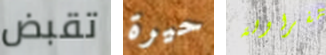
تقبض حيرة الفراولة